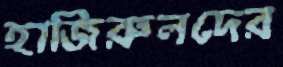
হাজিরুলদের